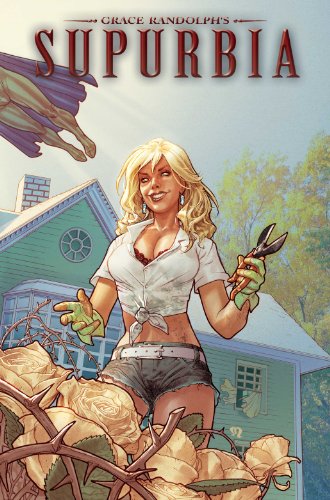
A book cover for Grace Randolph's Supurbia Vol. 2; Grace Randolph; Comics & Graphic Novels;